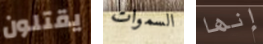
يقتلون السموات إنها